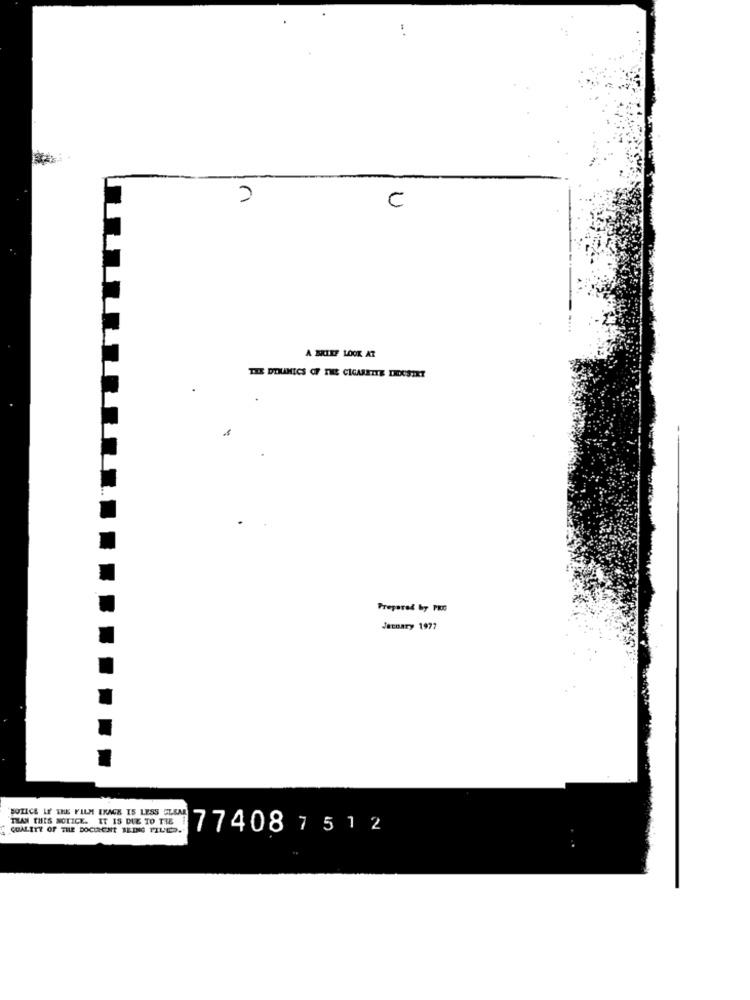
C
A BRIEF LOOK AT
THE DYNAMICS OF THEE CIGARETTE DEESTET
Prepared by PIC
January 1977
HOTICE IF THE FILM EXAGE IS LESS SLEM
THAN THIS NOTICE. IT IS DUE TO THE
QUALITY OF THE DOCHNICHT BEING TILD.
77408 7512